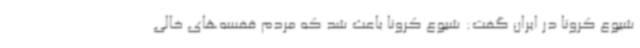
شیوع کرونا در ایران گفت: شیوع کرونا باعث شد که مردم قفسه‌های خالی